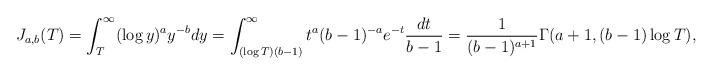
LaTeX: \begin{align*} J_{a,b}(T) = \int_{T}^{\infty} (\log y)^a y^{-b} dy = \int_{ (\log T)(b-1)}^{\infty} t^a (b-1)^{-a} e^{-t} \frac{dt}{b-1} =\frac{1}{(b-1)^{a+1} } \Gamma(a+1,(b-1)\log T),\end{align*}